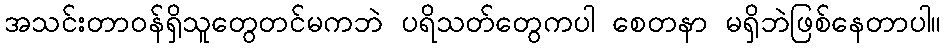
အသင်းတာဝန်ရှိသူတွေတင်မကဘဲ ပရိသတ်တွေကပါ စေတနာ မရှိဘဲဖြစ်နေတာပါ။